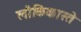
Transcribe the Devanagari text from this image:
लौकिकास्ते